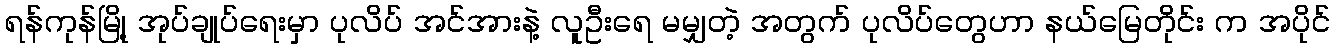
ရန်ကုန်မြို့ အုပ်ချုပ်ရေးမှာ ပုလိပ် အင်အားနဲ့ လူဦးရေ မမျှတဲ့ အတွက် ပုလိပ်တွေဟာ နယ်မြေတိုင်း က အပိုင်